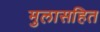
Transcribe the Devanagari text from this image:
मुलासहित